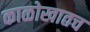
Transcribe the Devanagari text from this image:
काळोखातच